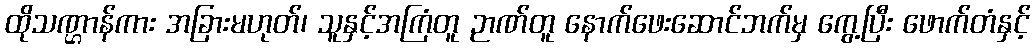
ထိုသဏ္ဌာန်ကား အခြားမဟုတ်၊ သူနှင့်အကြံတူ ဉာဏ်တူ နောက်ဖေးဆောင်ဘက်မှ ကွေ့ပြီး ဖောက်တံနှင့်